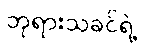
ဘုရားသခင်ရဲ့